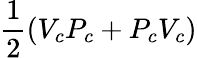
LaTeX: \frac{1}{2}(V_{c}P_{c}+P_{c}V_{c})